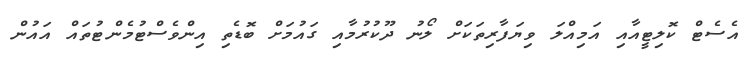
އެސެޓް ކޮލިޓީއާއި އަމިއްލަ ވިޔަފާރިތަކަށް ލޯނު ދޫކުރުމާއި ގައުމަށް ބޮޑެތި އިންވެސްޓުމެންޓުތައް އައުން